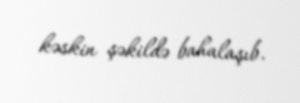
kəskin şəkildə bahalaşıb.